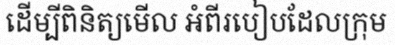
ដើម្បីពិនិត្យមើល អំពីរបៀបដែលក្រុម